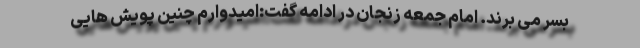
بسر می برند. امام جمعه زنجان در ادامه گفت:امیدوارم چنین پویش هایی